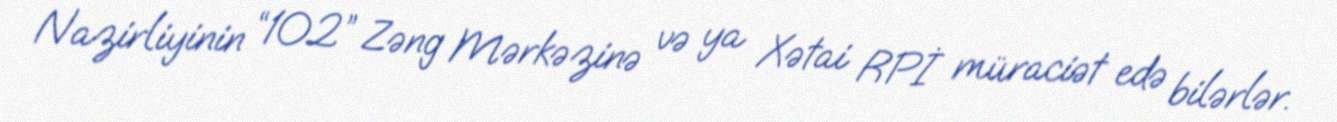
Nazirliyinin “102” Zəng Mərkəzinə və ya Xətai RPİ müraciət edə bilərlər.